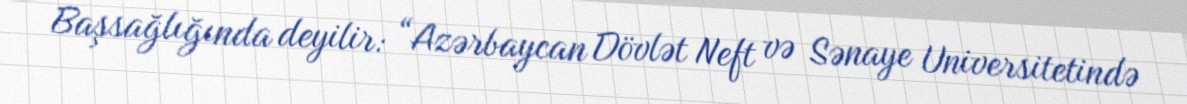
Başsağlığında deyilir: “Azərbaycan Dövlət Neft və Sənaye Universitetində